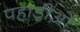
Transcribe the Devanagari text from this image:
पहाड़ीओं